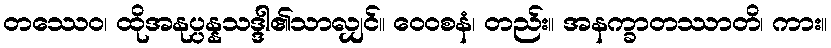
တဿေဝ၊ ထိုအနုပ္ပန္နသဒ္ဒါ၏သာလျှင်။ ဝေဝစနံ၊ တည်း။ အနက္ခာတဿာတိ၊ ကား။